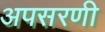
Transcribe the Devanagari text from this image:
अपसरणी